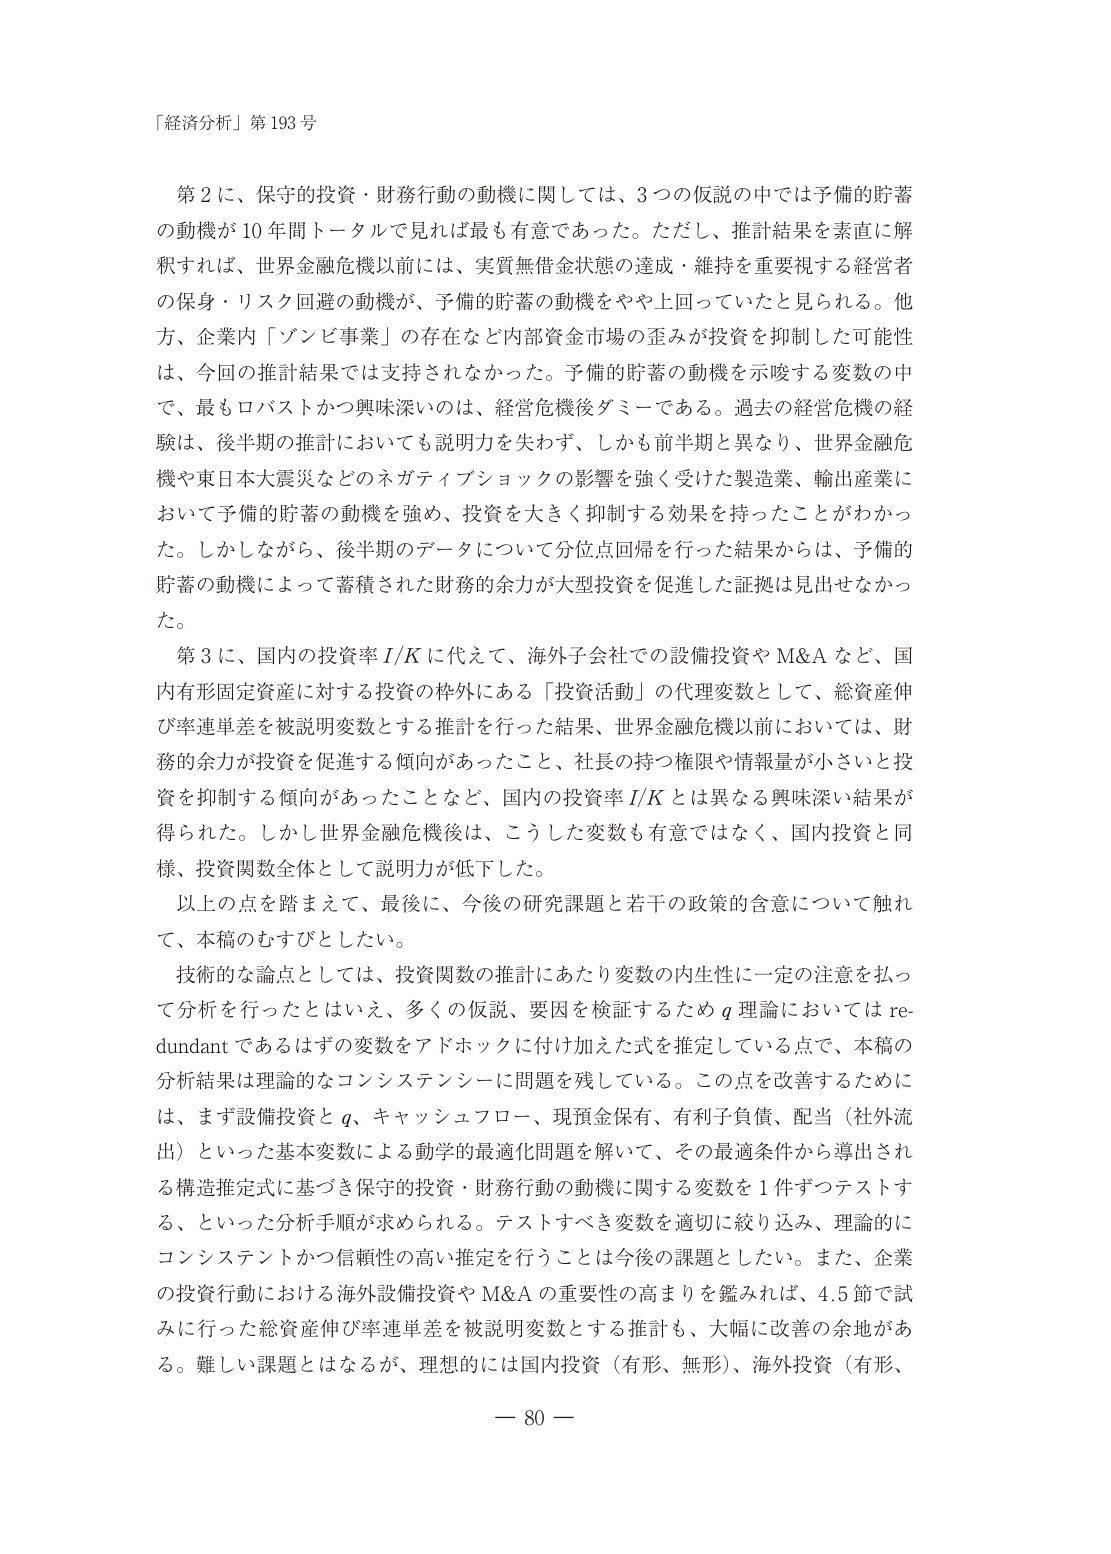
「経済分析」第193号

第2に、保守的投資・財務行動の動機に関しては、3つの仮説の中では予備的貯蓄の動機が10年間トータルで見れば最も有意であった。ただし、推計結果を素直に解釈すれば、世界金融危機以前には、実質無借金状態の達成・維持を重要視する経営者の保身・リスク回避の動機が、予備的貯蓄の動機をやや上回っていたと見られる。他方、企業内「ゾンビ事業」の存在など内部資金市場の歪みが投資を抑制した可能性は、今回の推計結果では支持されなかった。予備的貯蓄の動機を示唆する変数の中で、最もロバストかつ興味深いのは、経営危機後ダミーである。過去の経営危機の経験は、後半期の推計においても説明力を失わず、しかも前半期と異なり、世界金融危機や東日本大震災などのネガティブショックの影響を強く受けた製造業、輸出産業において予備的貯蓄の動機を強め、投資を大きく抑制する効果を持ったことがわかった。しかしながら、後半期のデータについて分位点回帰を行った結果からは、予備的貯蓄の動機によって蓄積された財務的余力が大型投資を促進した証拠は見出せなかった。

第3に、国内の投資率I/Kに代えて、海外子会社での設備投資やM&Aなど、国内有形固定資産に対する投資の枠外にある「投資活動」の代理変数として、総資産伸び率連単差を被説明変数とする推計を行った結果、世界金融危機以前においては、財務的余力が投資を促進する傾向があったこと、社長の持つ権限や情報量が小さいと投資を抑制する傾向があったことなど、国内の投資率I/Kとは異なる興味深い結果が得られた。しかし世界金融危機後は、こうした変数も有意ではなく、国内投資と同様、投資関数全体として説明力が低下した。

以上の点を踏まえて、最後に、今後の研究課題と若干の政策的含意について触れ、本稿のむすびとしたい。

技術的な論点としては、投資関数の推計にあたり変数の内生性に一定の注意を払って分析を行ったとはいえ、多くの仮説、要因を検証するためq理論においてはredundantであるはずの変数をアドホックに付け加えた式を推定している点で、本稿の分析結果は理論的なコンシステンシーに問題を残している。この点を改善するためには、まず設備投資とq、キャッシュフロー、現預金保有、有利子負債、配当（社外流出）といった基本変数による動学的最適化問題を解いて、その最適条件から導出される構造推定式に基づき保守的投資・財務行動の動機に関する変数を1件ずつテストする、といった分析手順が求められる。テストすべき変数を適切に絞り込み、理論的にコンシステントかつ信頼性の高い推定を行うことは今後の課題としたい。また、企業の投資行動における海外設備投資やM&Aの重要性の高まりを鑑みれば、4.5節で試みに行った総資産伸び率連単差を被説明変数とする推計も、大幅に改善の余地がある。難しい課題とはなるが、理想的には国内投資（有形、無形）、海外投資（有形、

— 80 —